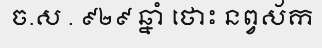
ច.ស . ៩២៩ ឆ្នាំ ថោះ នព្វស័ក